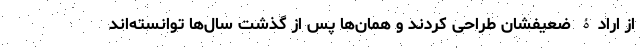
از ارادۀ ضعیفشان طراحی کردند و همان‌ها پس از گذشت سال‌ها توانسته‌اند